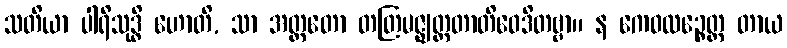
သတိယာ ပါရိသုဒ္ဓိ ဟောတိ, သာ အတ္ထတော တတြမဇ္ဈတ္တတာတိဝေဒိတဗ္ဗာ။ န ကေဝလဉ္စေတ္ထ တာယ